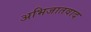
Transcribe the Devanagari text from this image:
अभिजातवाद